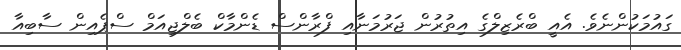
ގައުމަކުންނެވެ. އެއީ ބްރެޒިލްގެ އިތުރުން ޖަރުމަނާއި ފްރާންސް ޑެންމާކް ބެލްޖިއަމް ސްޕެއިން ސާބިއާ